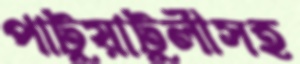
পাটুয়াটুলীসহ